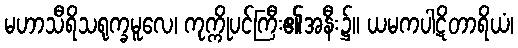
မဟာသီရိသရုက္ခမူလေ၊ ကုက္ကိုပင်ကြီး၏အနီး၌။ ယမကပါဋိတာရိယံ၊